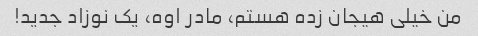
من خیلی هیجان زده هستم، مادر اوه، یک نوزاد جدید!